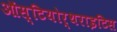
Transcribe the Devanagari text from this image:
ऑस्टियोर्थराइटिस